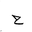
Letter: _ha